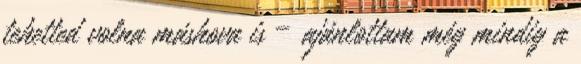
tehetted volna máshova is – ajánlottam még mindig a